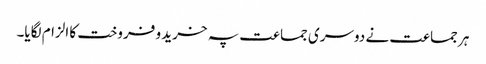
ہر جماعت نے دوسری جماعت پہ خرید و فروخت کا الزام لگایا۔